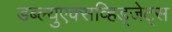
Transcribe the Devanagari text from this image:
डब्ल्युएक्सव्हिड्जेट्स